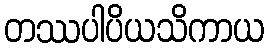
တဿပါပိယသိကာယ